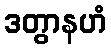
ဒတွာနဟံ